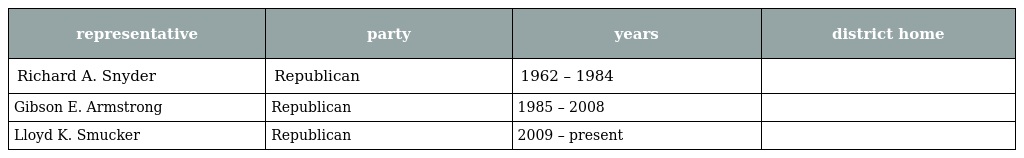
| representative | party | years | district home |
 | --- | --- | --- | --- |
 | Richard A. Snyder | Republican | 1962 – 1984 |  |
 | Gibson E. Armstrong | Republican | 1985 – 2008 |  |
 | Lloyd K. Smucker | Republican | 2009 – present |  |